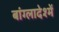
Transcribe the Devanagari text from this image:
बांग्लादेश्में